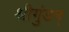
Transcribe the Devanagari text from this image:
श्रीगुंडन्